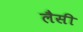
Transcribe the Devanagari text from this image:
लैसी